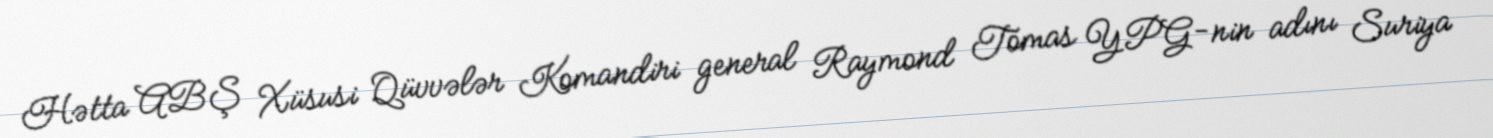
Hətta ABŞ Xüsusi Qüvvələr Komandiri general Raymond Tomas YPG-nin adını Suriya